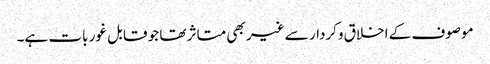
موصوف کے اخلاق وکردار سے غیر بھی متاثر تھا جو قابل غور بات ہے۔